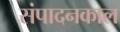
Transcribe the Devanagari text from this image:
संपादनकाल